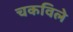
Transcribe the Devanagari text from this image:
चकविले